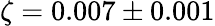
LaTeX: \zeta=0.007\pm 0.001